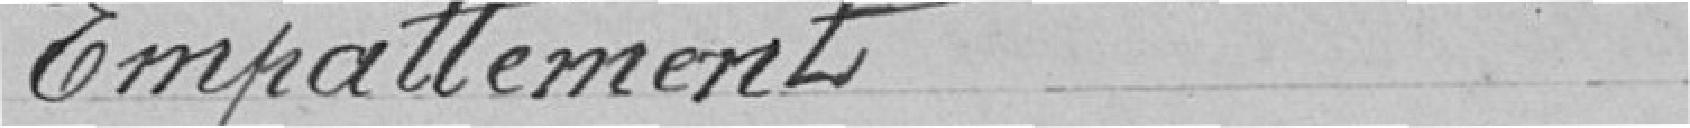
Empattement